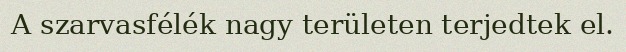
A szarvasfélék nagy területen terjedtek el.